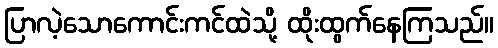
ပြာလဲ့သောကောင်းကင်ထဲသို့ ထိုးထွက်နေကြသည်။